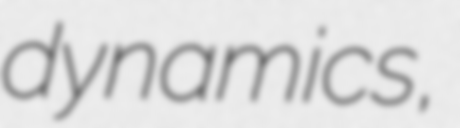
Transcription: dynamics,